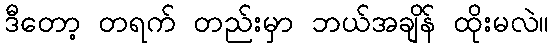
ဒီတော့ တရက် တည်းမှာ ဘယ်အချိန် ထိုးမလဲ။